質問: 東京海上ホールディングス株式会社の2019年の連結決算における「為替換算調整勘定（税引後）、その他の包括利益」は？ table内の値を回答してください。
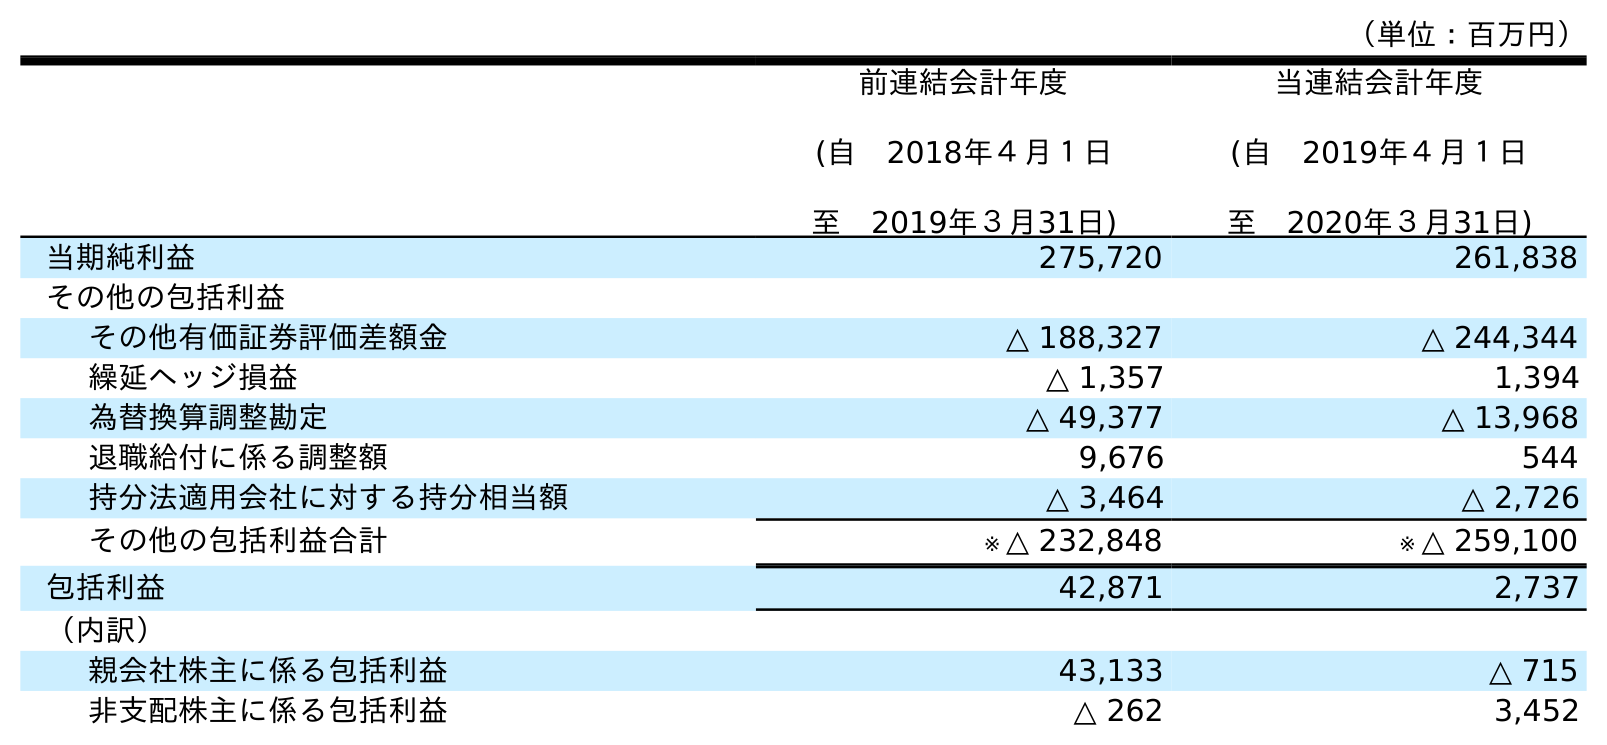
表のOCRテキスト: （単位：百万円） 前連結会計年度 (自 2018年４月１日 至 2019年３月31日) 当連結会計年度 (自 2019年４月１日 至 2020年３月31日) 当期純利益 275,720 261,838 その他の包括利益 その他有価証券評価差額金 △ 188,327 △ 244,344 繰延ヘッジ損益 △ 1,357 1,394 為替換算調整勘定 △ 49,377 △ 13,968 退職給付に係る調整額 9,676 544 持分法適用会社に対する持分相当額 △ 3,464 △ 2,726 その他の包括利益合計 ※ △ 232,848 ※ △ 259,100 包括利益 42,871 2,737 （内訳） 親会社株主に係る包括利益 43,133 △ 715 非支配株主に係る包括利益 △ 262 3,452
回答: △49,377